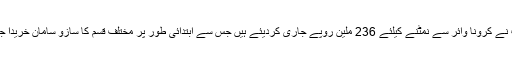
تفصیلات کے مطابق وزیرا علیٰ پنجاب نے کرونا وائرس پر بریفنگ دیتے ہوئے کہا کہ حکومت پنجاب نے کرونا وائر سے نمٹنے کیلئے 236 ملین روپے جاری کردیئے ہیں جس سے ابتدائی طور پر مختلف قسم کا سازو سامان خریدا جائیگا ، ایئرپورٹس پرمسافروں کی اسکریننگ کی سمیت پنجاب بھر میں تشخیص کی سہولیات میسر ہیں۔